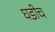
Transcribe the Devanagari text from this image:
घडीच